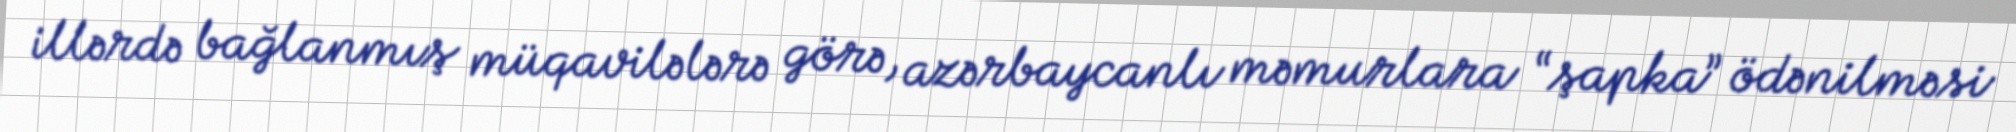
illərdə bağlanmış müqavilələrə görə, azərbaycanlı məmurlara “şapka” ödənilməsi